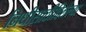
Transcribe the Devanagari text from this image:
निधीसाठीदिलेल्या